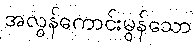
အလွန်ကောင်းမွန်သော